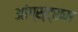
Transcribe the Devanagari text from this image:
आंग्स्ट्राम